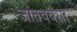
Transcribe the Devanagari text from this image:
जांतववसा